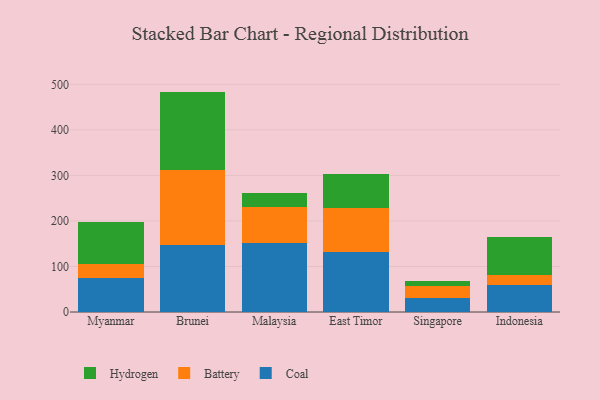
{"axis": {"x": "Country", "y": "Bounce Rate (%)"}, "legend": ["Battery", "Coal", "Hydrogen"], "data": [{"x": "Myanmar", "y": 74.7, "type": "Coal"}, {"x": "Myanmar", "y": 30.2, "type": "Battery"}, {"x": "Myanmar", "y": 93.3, "type": "Hydrogen"}, {"x": "Brunei", "y": 148.0, "type": "Coal"}, {"x": "Brunei", "y": 164.1, "type": "Battery"}, {"x": "Brunei", "y": 171.9, "type": "Hydrogen"}, {"x": "Malaysia", "y": 152.6, "type": "Coal"}, {"x": "Malaysia", "y": 77.6, "type": "Battery"}, {"x": "Malaysia", "y": 31.2, "type": "Hydrogen"}, {"x": "East Timor", "y": 131.9, "type": "Coal"}, {"x": "East Timor", "y": 95.4, "type": "Battery"}, {"x": "East Timor", "y": 74.7, "type": "Hydrogen"}, {"x": "Singapore", "y": 30.7, "type": "Coal"}, {"x": "Singapore", "y": 26.3, "type": "Battery"}, {"x": "Singapore", "y": 11.6, "type": "Hydrogen"}, {"x": "Indonesia", "y": 59.5, "type": "Coal"}, {"x": "Indonesia", "y": 22.2, "type": "Battery"}, {"x": "Indonesia", "y": 83.4, "type": "Hydrogen"}]}